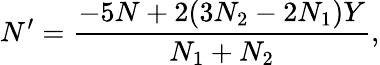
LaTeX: N^{\prime}={\frac{-5N+2(3N_{2}-2N_{1})Y}{N_{1}+N_{2}}},